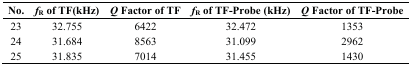
<table><thead><tr><td><b>No.</b></td><td><b><i>f</i><sub>R</sub> of TF(kHz)</b></td><td><b><i>Q</i> Factor of TF</b></td><td><b><i>f</i><sub>R</sub> of TF-Probe (kHz)</b></td><td><b><i>Q</i> Factor of TF-Probe</b></td></tr></thead><tbody><tr><td>23</td><td>32.755</td><td>6422</td><td>32.472</td><td>1353</td></tr><tr><td>24</td><td>31.684</td><td>8563</td><td>31.099</td><td>2962</td></tr><tr><td>25</td><td>31.835</td><td>7014</td><td>31.455</td><td>1430</td></tr></tbody></table>